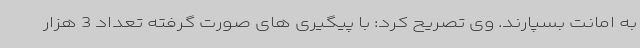
به امانت بسپارند. وی تصریح کرد: با پیگیری های صورت گرفته تعداد 3 هزار